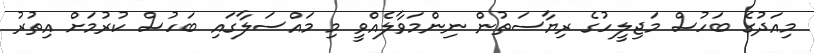
މިއަދުގެ ބަހުސް މަޖިލީހުގެ ރިޔާސަތުން ނިންމަވާލެއްވީ މި މައްސަލާގައި ބަހުސް ކުރުމަށް އިތުރު